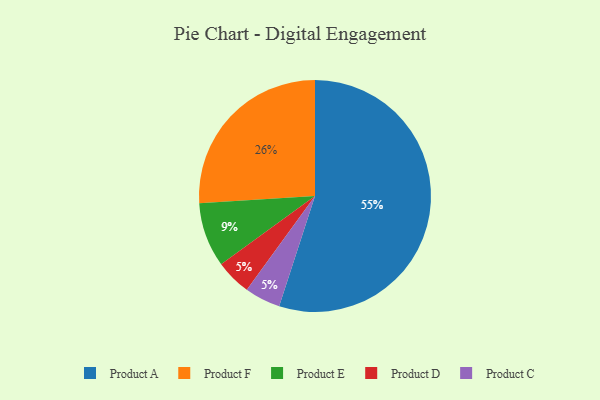
{"axis": {"x": "Category", "y": "Percentage"}, "legend": ["Product A", "Product C", "Product D", "Product E", "Product F"], "data": [{"x": "Product A", "y": 55, "type": "Product A"}, {"x": "Product F", "y": 26, "type": "Product F"}, {"x": "Product E", "y": 9, "type": "Product E"}, {"x": "Product D", "y": 5, "type": "Product D"}, {"x": "Product C", "y": 5, "type": "Product C"}]}